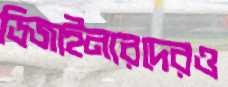
ডিজাইনারদেরও